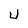
Character: U